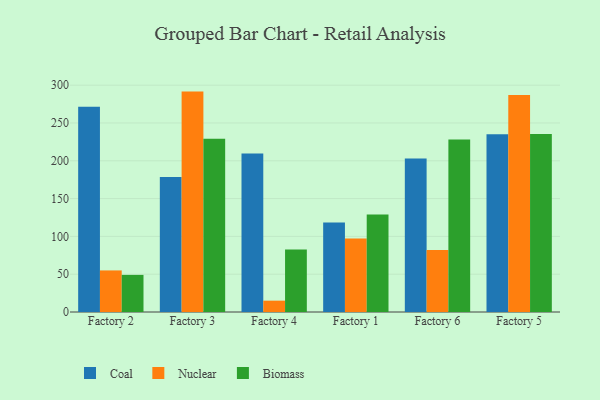
{"axis": {"x": "Factory", "y": "Revenue (USD Million)"}, "legend": ["Biomass", "Coal", "Nuclear"], "data": [{"x": "Factory 2", "y": 271.3, "type": "Coal"}, {"x": "Factory 2", "y": 55.0, "type": "Nuclear"}, {"x": "Factory 2", "y": 49.1, "type": "Biomass"}, {"x": "Factory 3", "y": 178.6, "type": "Coal"}, {"x": "Factory 3", "y": 291.5, "type": "Nuclear"}, {"x": "Factory 3", "y": 229.0, "type": "Biomass"}, {"x": "Factory 4", "y": 209.5, "type": "Coal"}, {"x": "Factory 4", "y": 15.0, "type": "Nuclear"}, {"x": "Factory 4", "y": 82.6, "type": "Biomass"}, {"x": "Factory 1", "y": 118.5, "type": "Coal"}, {"x": "Factory 1", "y": 97.3, "type": "Nuclear"}, {"x": "Factory 1", "y": 129.0, "type": "Biomass"}, {"x": "Factory 6", "y": 202.9, "type": "Coal"}, {"x": "Factory 6", "y": 82.1, "type": "Nuclear"}, {"x": "Factory 6", "y": 228.3, "type": "Biomass"}, {"x": "Factory 5", "y": 235.1, "type": "Coal"}, {"x": "Factory 5", "y": 287.1, "type": "Nuclear"}, {"x": "Factory 5", "y": 235.5, "type": "Biomass"}]}